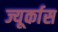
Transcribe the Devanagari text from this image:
ज्यूर्कास